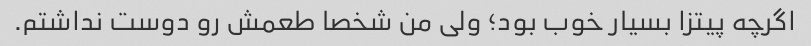
اگرچه پیتزا بسیار خوب بود؛ ولی من شخصا طعمش رو دوست نداشتم.